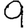
Digit: 9